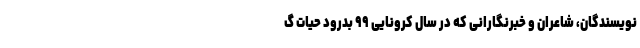
نویسندگان، شاعران و خبرنگارانی که در سال کروناییِ ۹۹ بدرود حیات گ